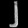
Digit: ၂